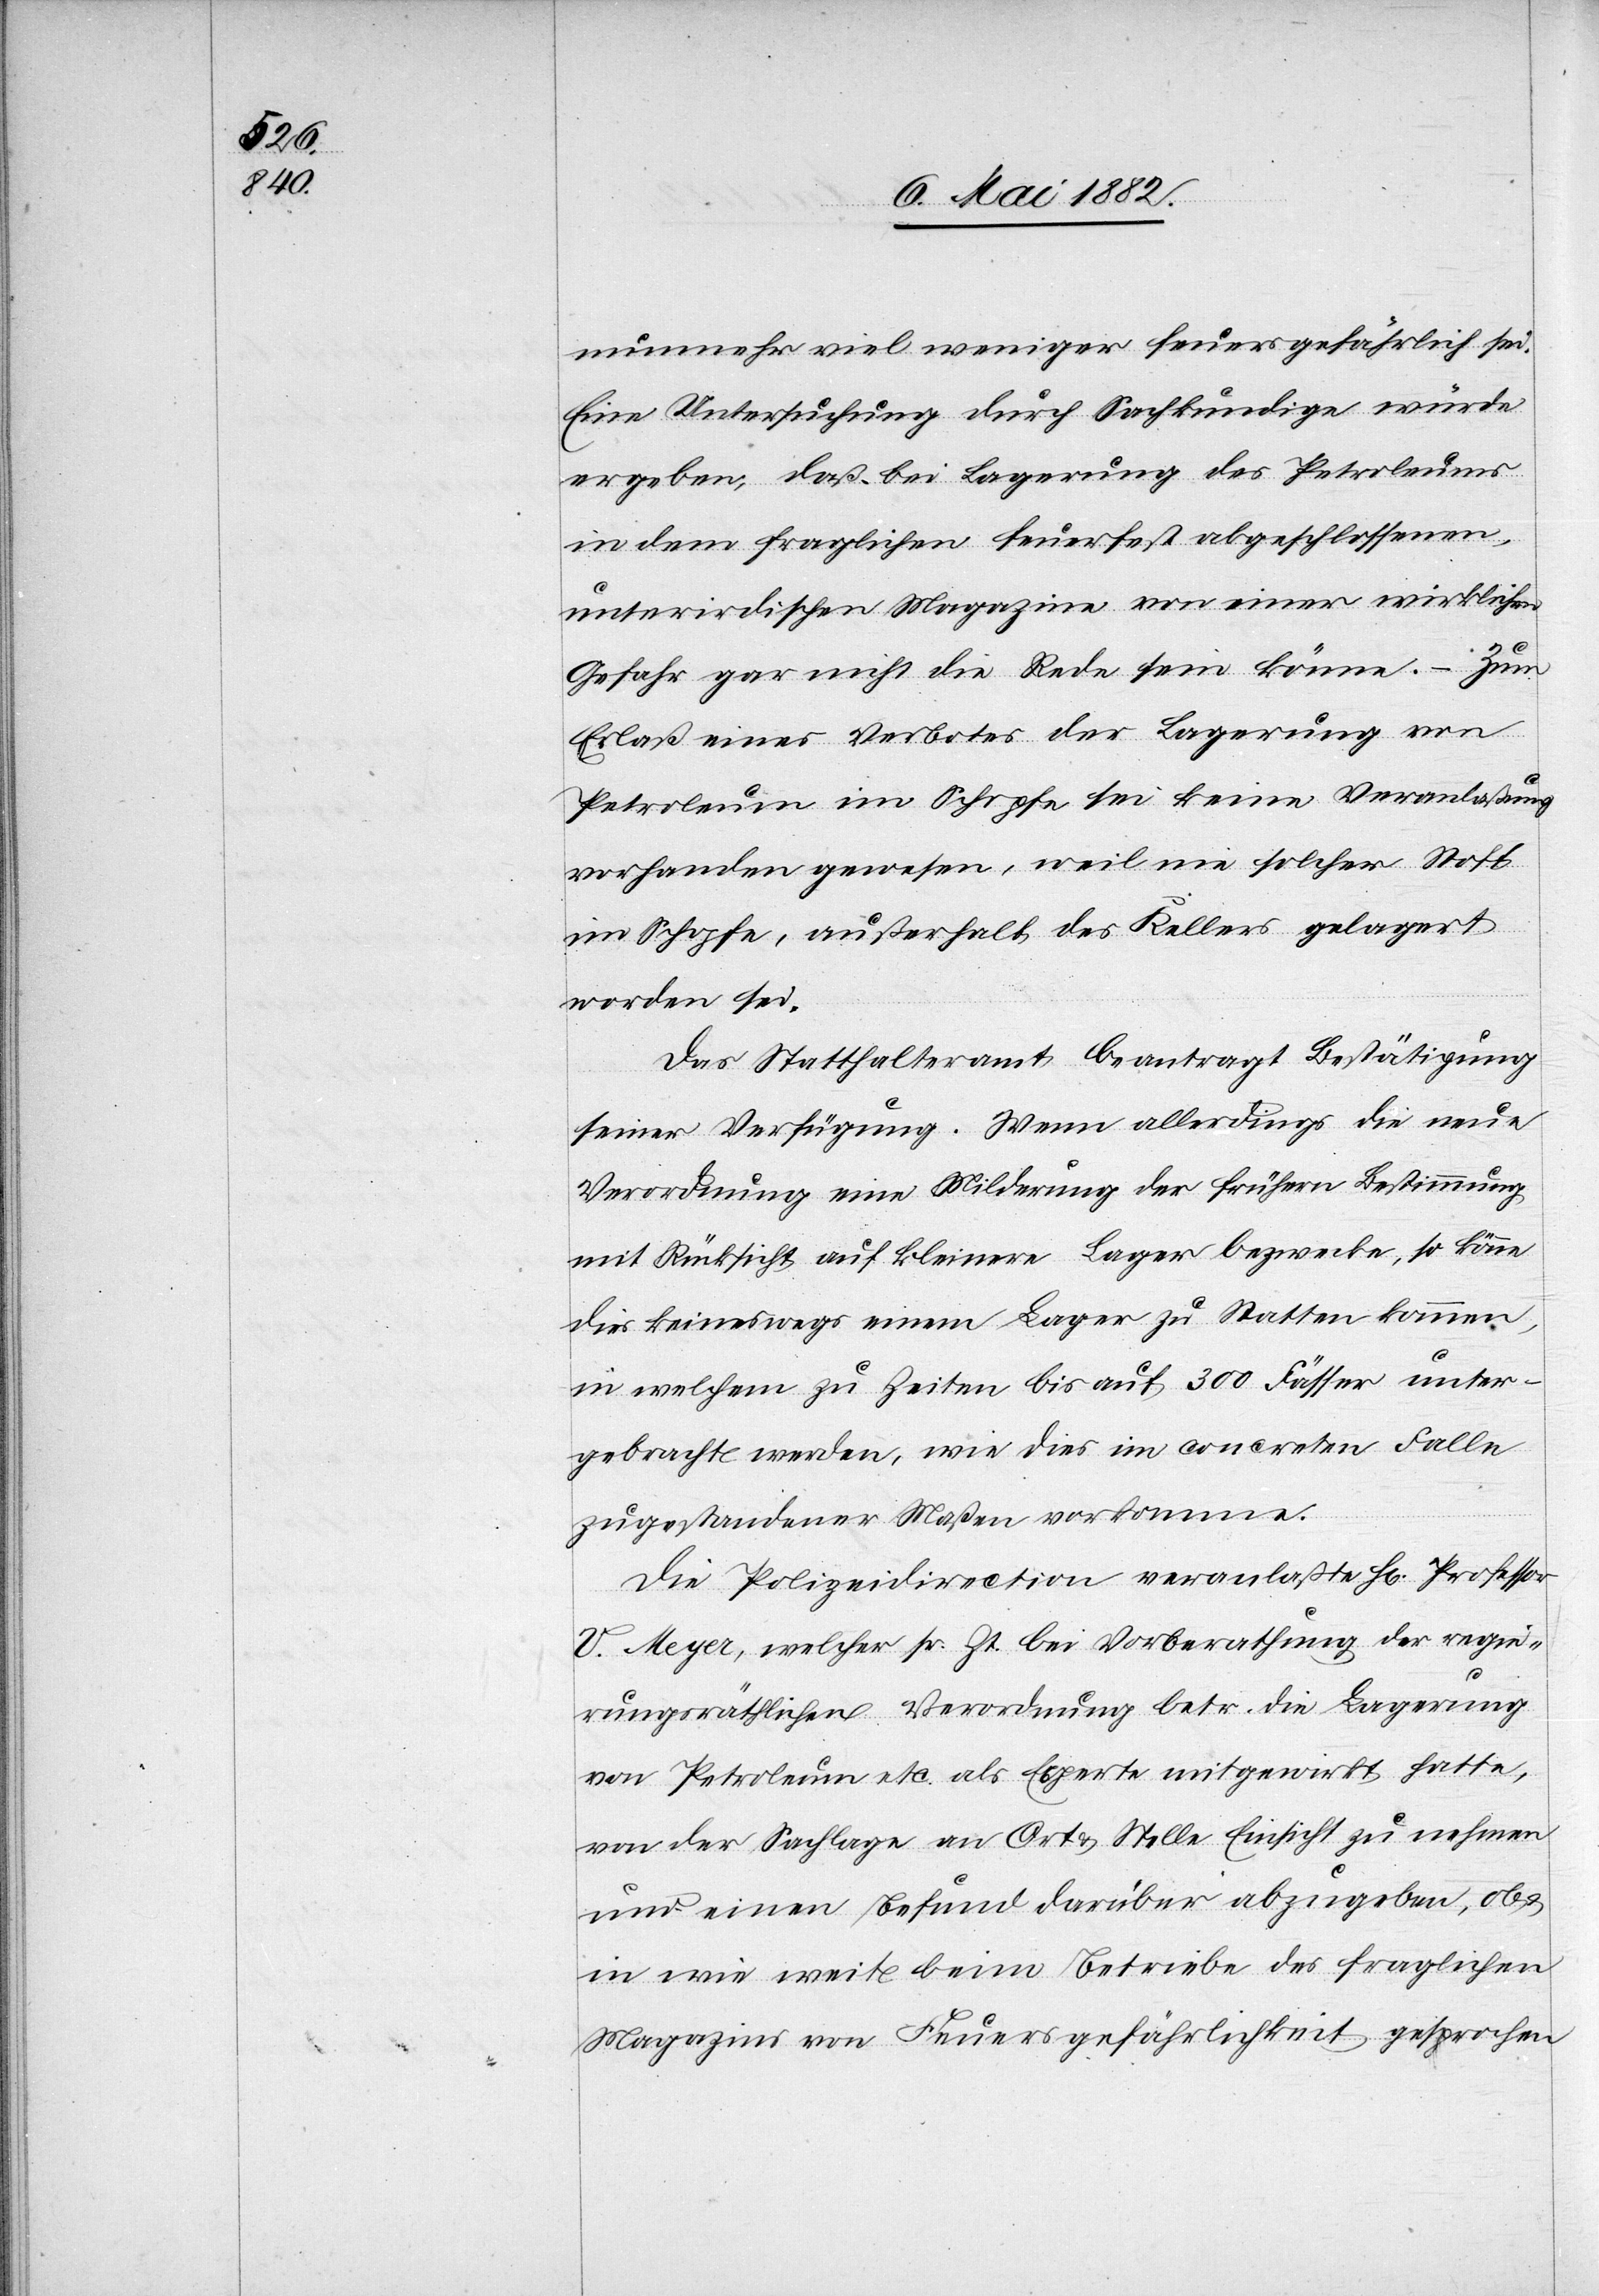
nunmehr viel weniger feuersgefährlich sei.
Eine Untersuchung durch Sachkundige würde
ergeben, daß bei Lagerung des Petroleums
in dem fraglichen feuerfest abgeschlossenen,
unterirdischen Magazine von einer wirklichen
Gefahr gar nicht die Rede sein könne. – Zum
Erlaß eines Verbotes der Lagerung von
Petroleum im Schopf sei keine Veranlaßung
vorhanden gewesen, weil nie solcher Stoff
im Schopfe, außerhalb des Kellers gelagert
worden sei.
Das Statthalteramt beantragt Bestätigung
seiner Verfügung. Wenn allerdings die neue
Verordnung eine Milderung der frühern Bestimmung
mit Rücksicht auf kleinere Lager bezwecke, so könne
dies keineswegs einem Lager zu Statten kommen,
in welchem zu Zeiten bis auf 300 Fässer unter¬
gebracht werden, wie dies im concreten Fallen
zugestandener Maßen vorkomme.
Die Polizeidirection veranlaßte H[rn]. Professor
U. Meyer, welcher sr. Zt. bei Vorberathung der regie¬
rungsräthlichen Verordnung betr. die Lagerung
von Petroleum etc. als Experte mitgewirkt hatte,
von der Sachlage an Ort & Stelle Einsicht zu nehmen
und einen Befund darüber abzugeben, ob &
in wie weit beim Betriebe des fraglichen
Magazins von Feuersgefährlichkeit gesprochen